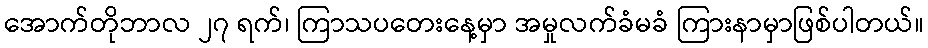
အောက်တိုဘာလ ၂၇ ရက်၊ ကြာသပတေးနေ့မှာ အမှုလက်ခံမခံ ကြားနာမှာဖြစ်ပါတယ်။